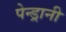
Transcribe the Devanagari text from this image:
पेन्ड्रानी